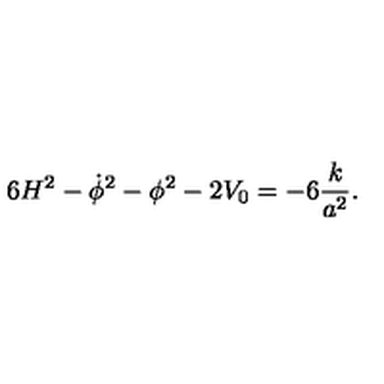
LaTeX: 6 H ^ { 2 } - \dot { \phi } ^ { 2 } - \phi ^ { 2 } - 2 V _ { 0 } = - 6 { \frac { k } { a ^ { 2 } } } .